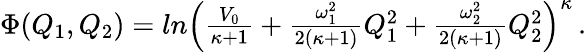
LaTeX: \begin{array}{r}{\Phi(Q_{1},Q_{2})=ln\left(\frac{V_{0}}{\kappa+1}+\frac{\omega_{1}^{2}}{2(\kappa+1)}Q_{1}^{2}+\frac{\omega_{2}^{2}}{2(\kappa+1)}Q_{2}^{2}\right)^{\kappa}\, .}\end{array}